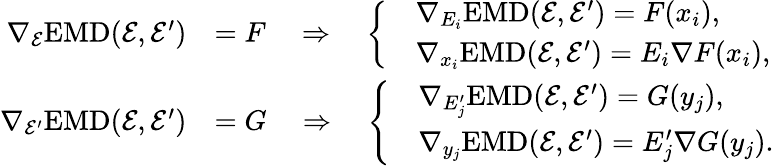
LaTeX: \begin{array}{rl}{\nabla_{\mathcal{E}}\mathrm{EMD}(\mathcal{E},\mathcal{E}^{\prime})}&{=F\quad\Rightarrow\quad\left\{ \begin{array}{ll}{\quad\nabla_{E_{i}}\mathrm{EMD}(\mathcal{E},\mathcal{E}^{\prime})=F(x_{i}),}\\ {\quad\nabla_{x_{i}}\mathrm{EMD}(\mathcal{E},\mathcal{E}^{\prime})=E_{i}\nabla F(x_{i}),}\end{array}\right.}\\ {\nabla_{\mathcal{E}^{\prime}}\mathrm{EMD}(\mathcal{E},\mathcal{E}^{\prime})}&{=G\quad\Rightarrow\quad\left\{ \begin{array}{ll}{\quad\nabla_{E_{j}^{\prime}}\mathrm{EMD}(\mathcal{E},\mathcal{E}^{\prime})=G(y_{j}),}\\ {\quad\nabla_{y_{j}}\mathrm{EMD}(\mathcal{E},\mathcal{E}^{\prime})=E_{j}^{\prime}\nabla G(y_{j}).}\end{array}\right.}\end{array}